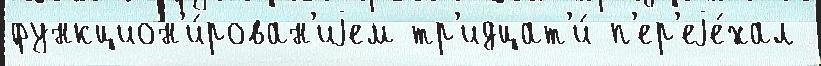
функцион'и́рован'иjем тр'идцат'и́ п'ер'еjе́хал